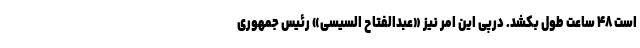
است ۴۸ ساعت طول بکشد. درپی این امر نیز «عبدالفتاح السیسی» رئیس جمهوری